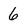
Character: 6